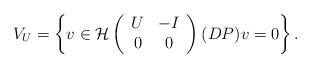
LaTeX: \begin{align*}V_{U} = \left\lbrace v \in \mathcal{H} \left( \begin{array}{cc}U & -I \\ 0 & 0\end{array} \right) (DP)v = 0 \right\rbrace .\end{align*}